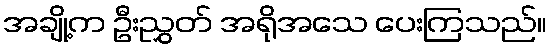
အချို့က ဦးညွှတ် အရိုအသေ ပေးကြသည်။